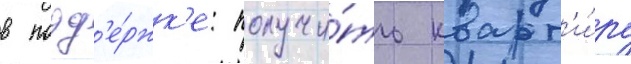
в подд'е́ржк'е: получи́ть кварт'и́ру